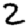
Digit: 2